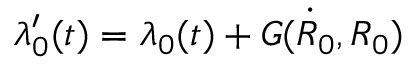
\lambda _ { 0 } ^ { \prime } ( t ) = \lambda _ { 0 } ( t ) + G ( \dot { R } _ { 0 } , R _ { 0 } )